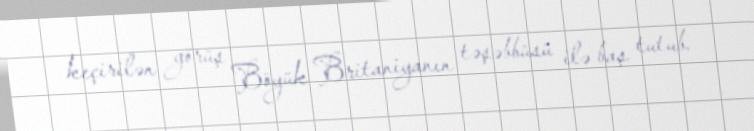
keçirilən görüş Böyük Britaniyanın təşəbbüsü ilə baş tutub.